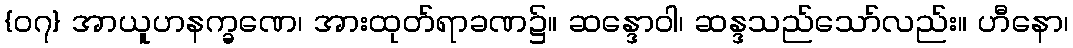
{၀၇} အာယူဟနက္ခဏေ၊ အားထုတ်ရာခဏ၌။ ဆန္ဒောဝါ၊ ဆန္ဒသည်သော်လည်း။ ဟီနော၊